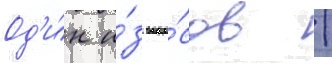
Од'и́н и́з вопро́сов /